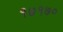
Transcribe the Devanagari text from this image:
१७१७०